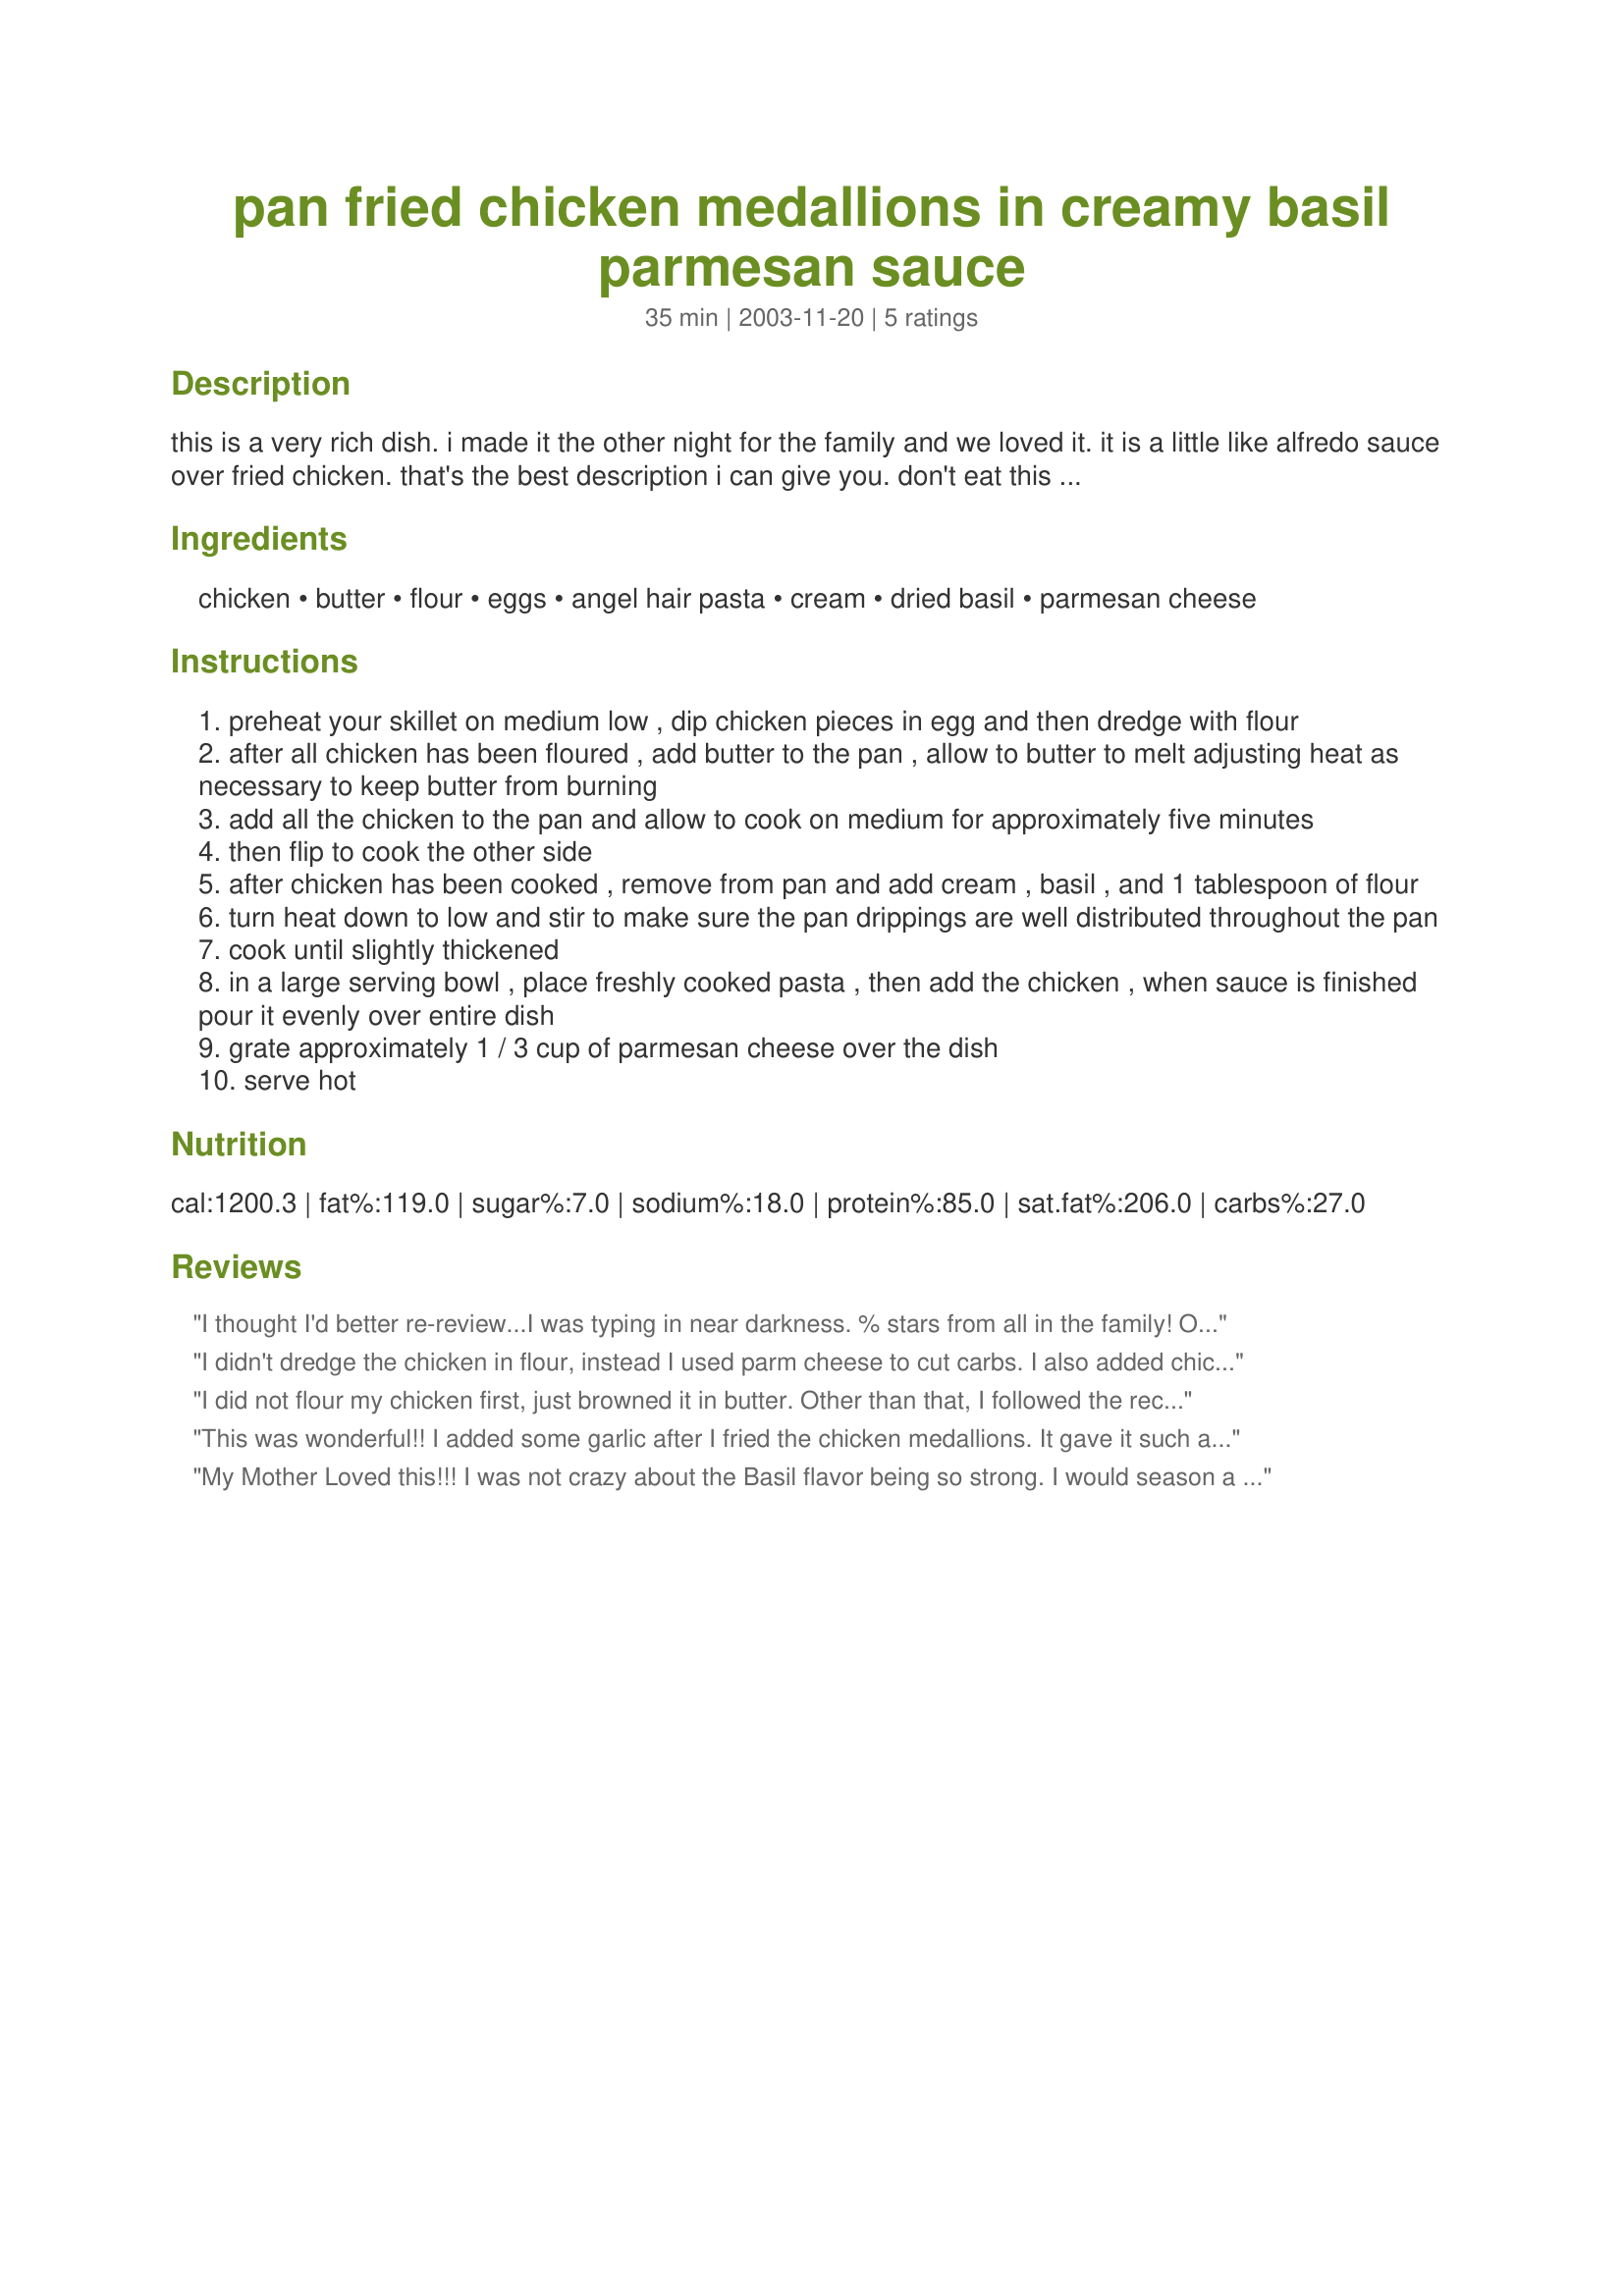
pan fried chicken medallions in creamy basil parmesan sauce
Preparation time: 35 minutes

this is a very rich dish. i made it the other night for the family and we loved it. it is a little like alfredo sauce over fried chicken. that's the best description i can give you. don't eat this if you don't/can't eat lots of fat. it is completely out of this world though. i hope those of you brave enough to try it enjoy it as much as i do.

Ingredients:
chicken, butter, flour, eggs, angel hair pasta, cream, dried basil, parmesan cheese

Steps:
preheat your skillet on medium low , dip chicken pieces in egg and then dredge with flour
after all chicken has been floured , add butter to the pan , allow to butter to melt adjusting heat as necessary to keep butter from burning
add all the chicken to the pan and allow to cook on medium for approximately five minutes
then flip to cook the other side
after chicken has been cooked , remove from pan and add cream , basil , and 1 tablespoon of flour
turn heat down to low and stir to make sure the pan drippings are well distributed throughout the pan
cook until slightly thickened
in a large serving bowl , place freshly cooked pasta , then add the chicken , when sauce is finished pour it evenly over entire dish
grate approximately 1 / 3 cup of parmesan cheese over the dish
serve hot

Reviews:
I thought I'd better re-review...I was typing in near darkness. % stars from all in the family! Only thing I did was to add a little salt and pepper to the sauce. This was absolutely delicious. The only thing I'd do differently next time would be to use a sturdier pasta. I used fresh angel hair and it clumped up after I put the sauce on it. We had a simple lettuce/tomato salad on the side.
I'll definitely be making this again!
Thanks!
I didn't dredge the chicken in flour, instead I used parm cheese to cut carbs. I also added chicken stock and garlic to the cream sauce to boost the flavor. I think if I make this again, I'll mix the parm into the cream sauce rather than serve it atop. Instead of pasta, I added lots of broccoli in with the chicken.
I did not flour my chicken first, just browned it in butter. Other than that, I followed the recipe exactly and WOW! Definitely a repeater at my house.
This was wonderful!! I added some garlic after I fried the chicken medallions. It gave it such a wonderful flavor. I used Vermicelli and plated this on a big platter. It was a sure hit in our family. Definitely a keeper.
My Mother Loved this!!! I was not crazy about the Basil flavor being so strong. I would season a little different next time. But my Mother wants me to fix it next time she visits!
